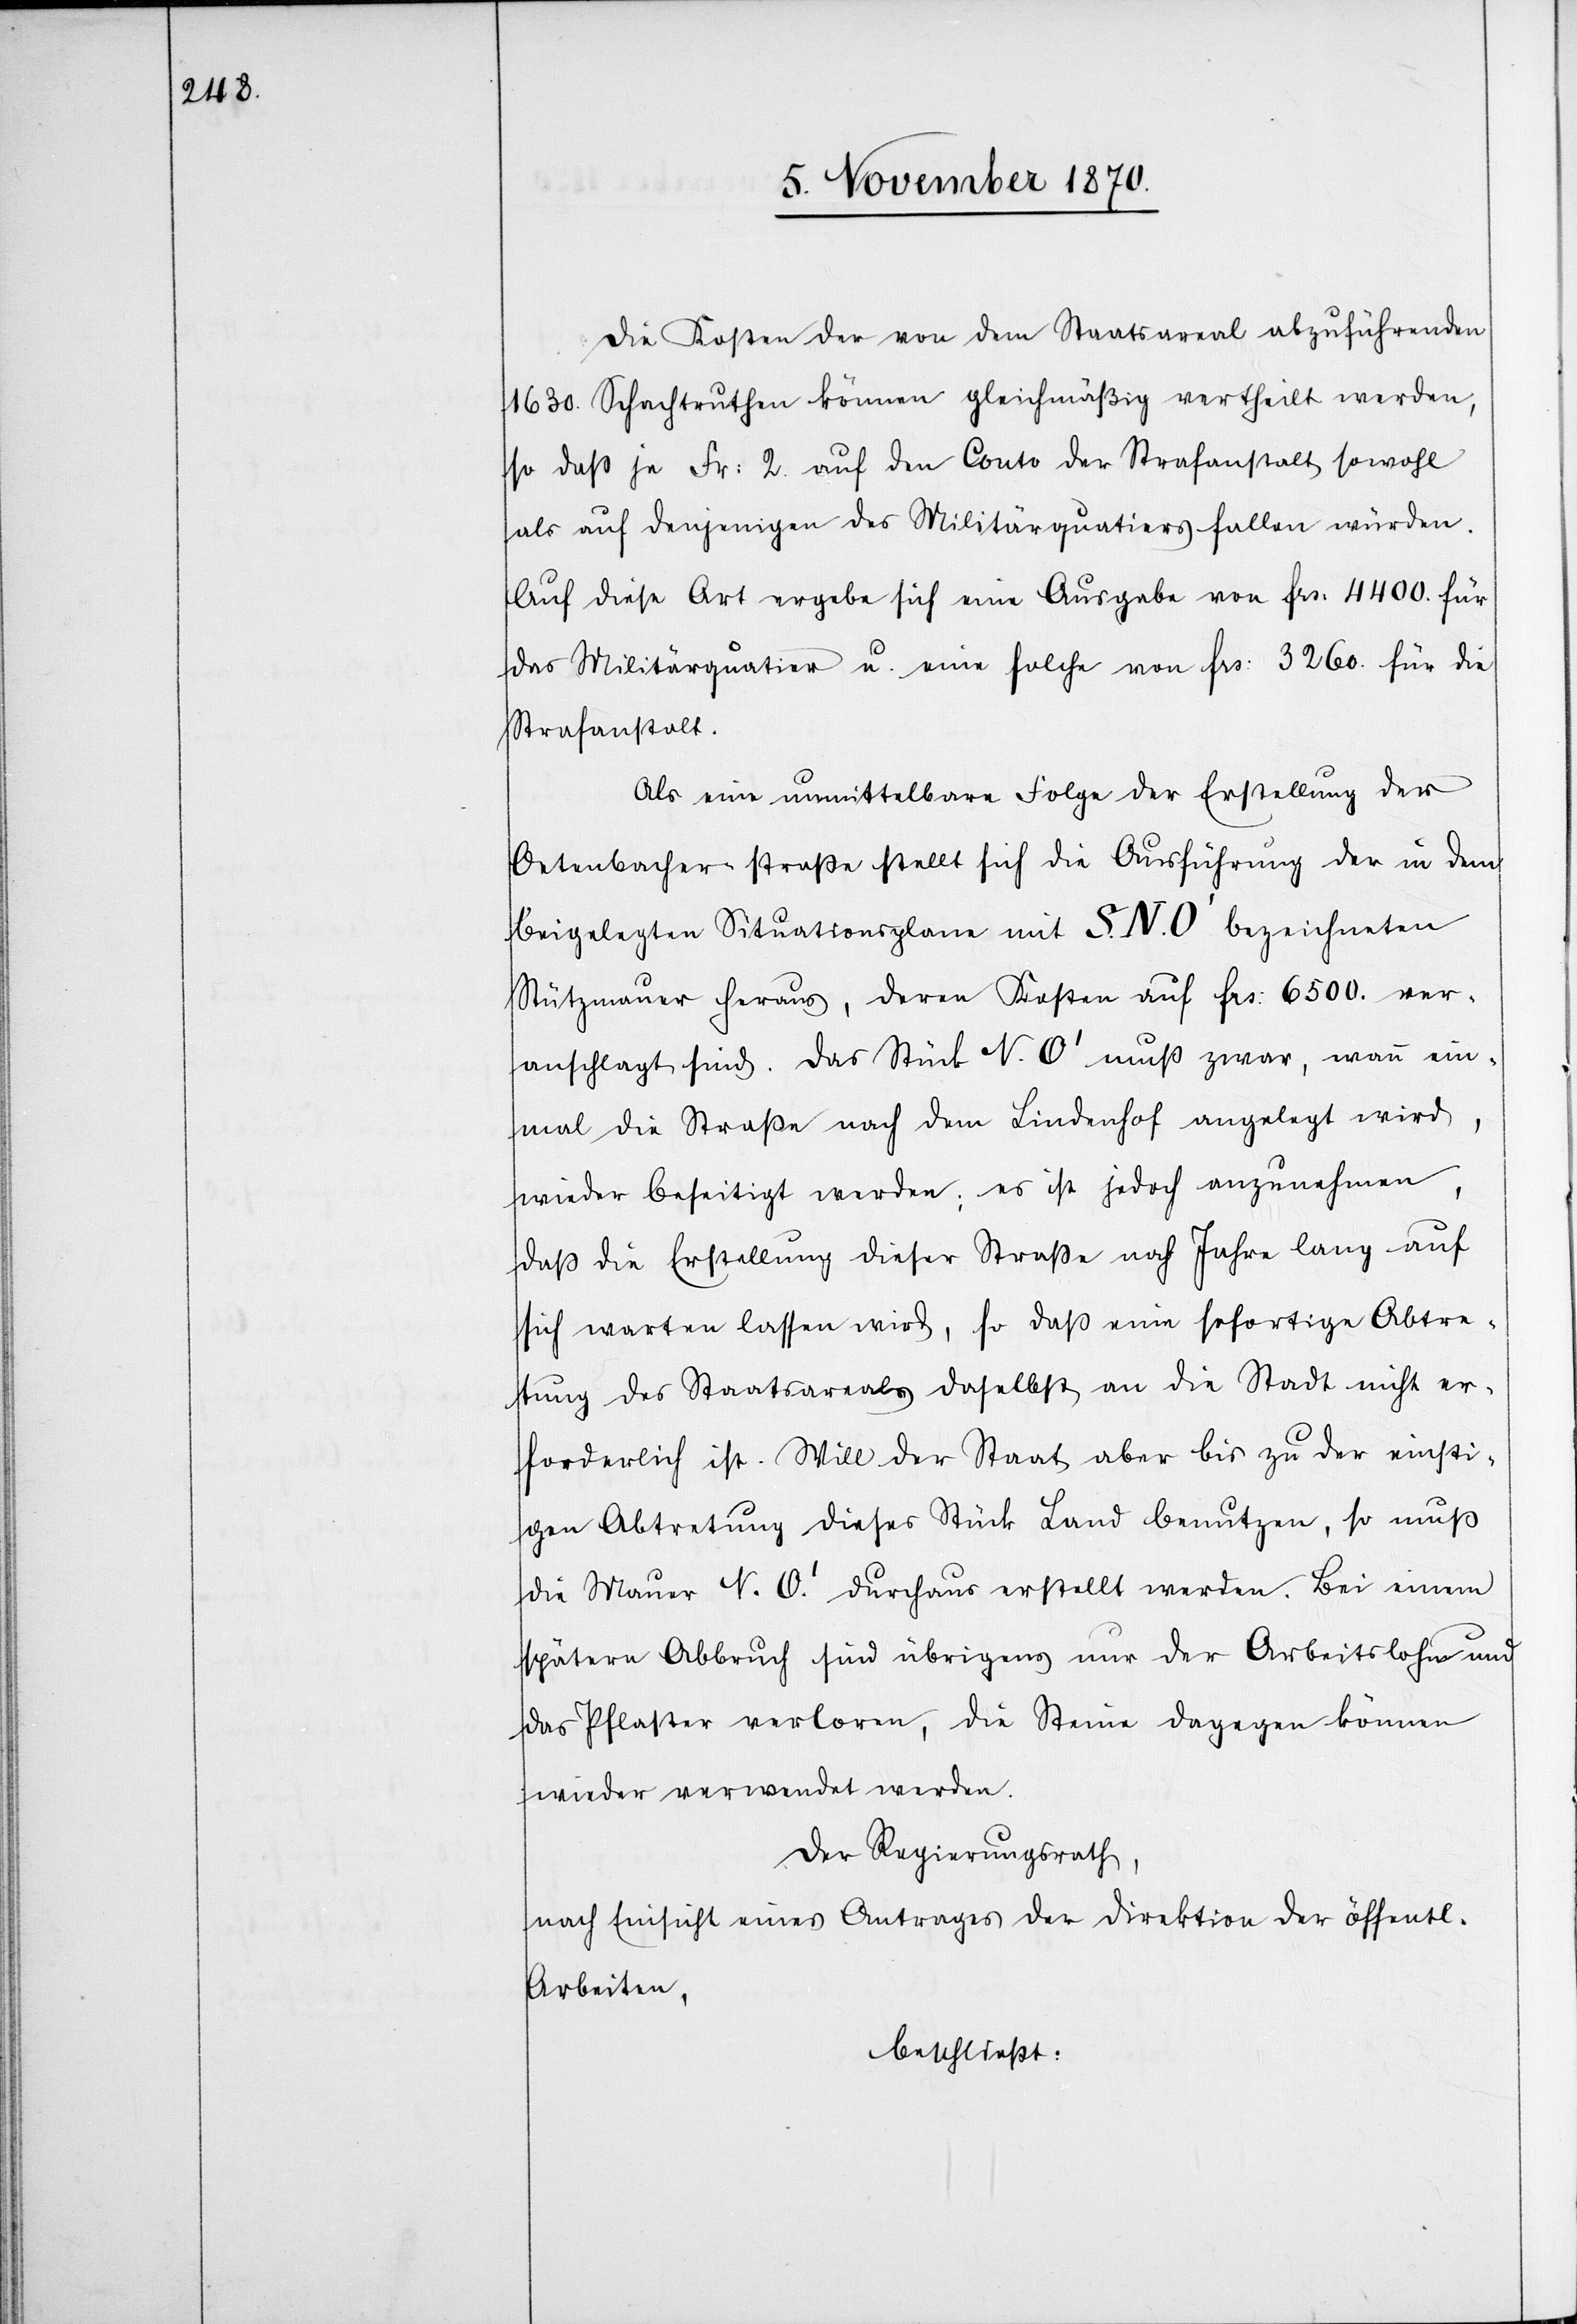
Die Kosten der von dem Staatsareal abzuführenden
1630. Schachtruthen können gleichmäßig vertheilt werden,
so daß je Fr: 2. auf den Conto der Strafanstalt sowohl
als auch denjenigen des Militärquatiers fallen würden.
Auf diese Art ergebe sich eine Ausgabe von Frs: 4400. für
das Militärquatier u. eine solche von Frs: 3260. für die
Strafanstalt.
Als eine unmittelbare Folge der Erstellung der
Oetenbacherstraße stellt sich die Ausführung der in dem
beigelegten Situationsplane mit S. N. O’ bezeichneten
Stützmauer heraus, deren Kosten auf Frs. 6500. ver¬
anschlagt sind. Das Stück N. O’ muß zwar, wann ein¬
mal die Straße nach dem Lindenhof angelegt wird,
wieder beseitigt werden; es ist jedoch anzunehmen,
daß die Erstellung dieser Straße noch Jahre lang auf
sich warten lassen wird, so daß eine sofortige Abtre¬
tung des Staatsareals daselbst an die Stadt nicht er¬
forderlich ist. Will der Staat aber bis zu der einsti¬
gen Abtretung dieses Stück Land benutzen, so muß
die Mauer N. O.’ durchaus erstellt werden. Bei einem
spätern Abbruch sind übrigens nur der Arbeitslohn und
das Pflaster verloren, die Steine dagegen können
wieder verwendet werden.
Der Regierungsrath,
nach Einsicht eines Antrages der Direktion der öffentlichen
Arbeiten,
beschließt: